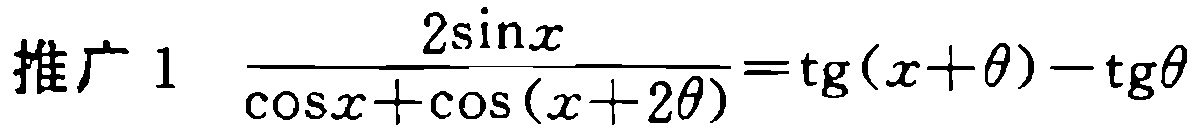
推广 1 $\frac{2\sin x}{\cos x+\cos(x + 2\theta)}=\mathrm{tg}(x+\theta)-\mathrm{tg}\theta$